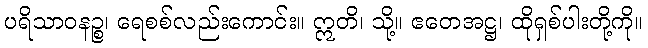
ပရိသာဝနဉ္စ၊ ရေစစ်လည်းကောင်း။ ဣတိ၊ သို့။ ဧတေအဋ္ဌ၊ ထိုရှစ်ပါးတို့ကို။